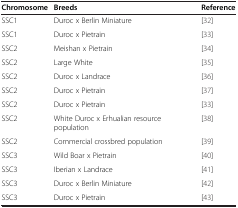
<table><thead><tr><td><b>Chromosome</b></td><td><b>Breeds</b></td><td><b>Reference</b></td></tr></thead><tbody><tr><td>SSC1</td><td>Duroc x Berlin Miniature</td><td>[32]</td></tr><tr><td>SSC1</td><td>Duroc x Pietrain</td><td>[33]</td></tr><tr><td>SSC2</td><td>Meishan x Pietrain</td><td>[34]</td></tr><tr><td>SSC2</td><td>Large White</td><td>[35]</td></tr><tr><td>SSC2</td><td>Duroc x Landrace</td><td>[36]</td></tr><tr><td>SSC2</td><td>Duroc x Pietrain</td><td>[37]</td></tr><tr><td>SSC2</td><td>Duroc x Pietrain</td><td>[33]</td></tr><tr><td>SSC2</td><td>White Duroc x Erhualian resource population</td><td>[38]</td></tr><tr><td>SSC2</td><td>Commercial crossbred population</td><td>[39]</td></tr><tr><td>SSC3</td><td>Wild Boar x Pietrain</td><td>[40]</td></tr><tr><td>SSC3</td><td>Iberian x Landrace</td><td>[41]</td></tr><tr><td>SSC3</td><td>Duroc x Berlin Miniature</td><td>[42]</td></tr><tr><td>SSC3</td><td>Duroc x Pietrain</td><td>[43]</td></tr></tbody></table>